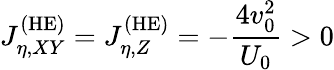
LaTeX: J_{\eta,XY}^{\mathrm{(HE)}}=J_{\eta,Z}^{\mathrm{(HE)}}=-\frac{4v_{0}^{2}}{U_{0}}>0